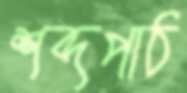
শব্দপাঠ